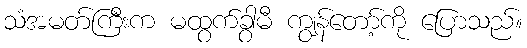
သံအမတ်ကြီးက မထွက်ခွာမီ ကျွန်တော့်ကို ပြောသည်။